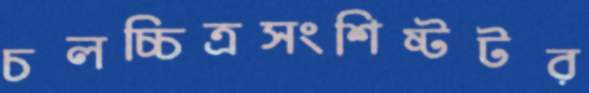
চলচ্চিত্রসংশিষ্টটর